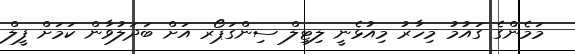
މަމެންގެ ގައުމު މިހާރު މިއުޅެނީ ލިޓިލް ސިންގަޕޯރ އަށް ބަދަލުވާން ކަމަށް ފީލް